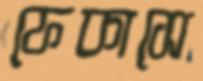
ফেকাসে